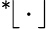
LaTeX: {}^{*}\! \lfloor\, \cdot\, \rfloor